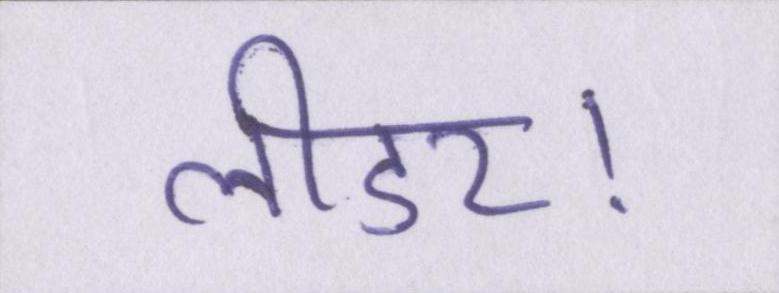
लीडर।